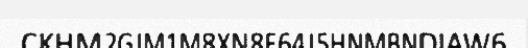
CKHM2GJM1M8XN8F64J5HNMBNDIAW6